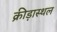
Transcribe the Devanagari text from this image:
क्रीड़ास्‍थल